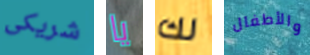
شريكى يا لك والأطفال